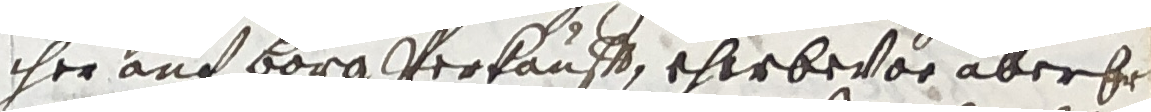
iher auf borg verkauff, eherbevor aber hr